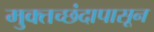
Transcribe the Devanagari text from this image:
मुक्तच्‍छंदापासून